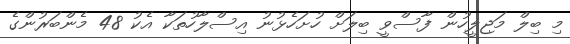
މި ބިލް މަޖިލީހުން ފާސްވީ ބިލަށް ހުށަހެޅުނު އިސްލާހުތަކާ އެކު 48 މެންބަރުންގެ